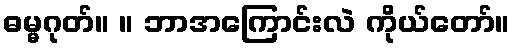
ဓမ္မဂုတ်။ ။ ဘာအကြောင်းလဲ ကိုယ်တော်။